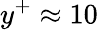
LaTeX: y^{+}\approx 10